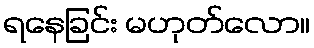
ရနေခြင်း မဟုတ်လော။